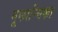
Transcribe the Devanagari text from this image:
मूकाम्‍बिका